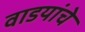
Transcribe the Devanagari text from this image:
वाडयांचे